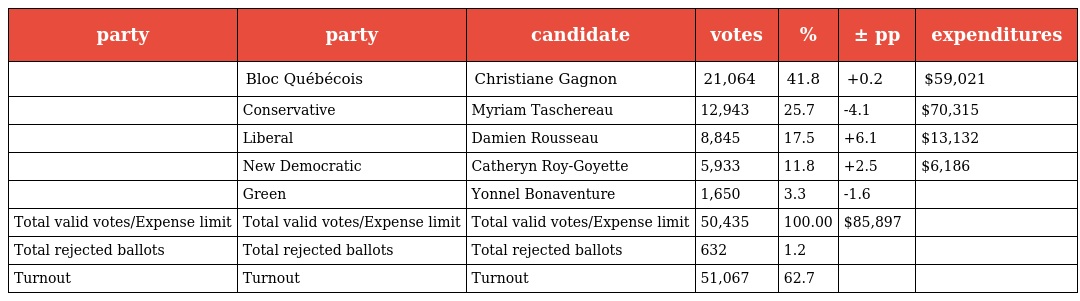
| party | party | candidate | votes | % | ± pp | expenditures |
 | --- | --- | --- | --- | --- | --- | --- |
 |  | Bloc Québécois | Christiane Gagnon | 21,064 | 41.8 | +0.2 | $59,021 |
 |  | Conservative | Myriam Taschereau | 12,943 | 25.7 | -4.1 | $70,315 |
 |  | Liberal | Damien Rousseau | 8,845 | 17.5 | +6.1 | $13,132 |
 |  | New Democratic | Catheryn Roy-Goyette | 5,933 | 11.8 | +2.5 | $6,186 |
 |  | Green | Yonnel Bonaventure | 1,650 | 3.3 | -1.6 |  |
 | Total valid votes/Expense limit | Total valid votes/Expense limit | Total valid votes/Expense limit | 50,435 | 100.00 | $85,897 |  |
 | Total rejected ballots | Total rejected ballots | Total rejected ballots | 632 | 1.2 |  |  |
 | Turnout | Turnout | Turnout | 51,067 | 62.7 |  |  |